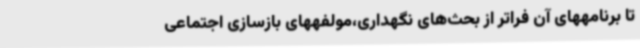
تا برنامههای آن فراتر از بحث‌های نگهداری،مولفههای بازسازی اجتماعی